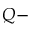
Q -